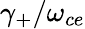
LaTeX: \gamma_{+}/\omega_{ce}